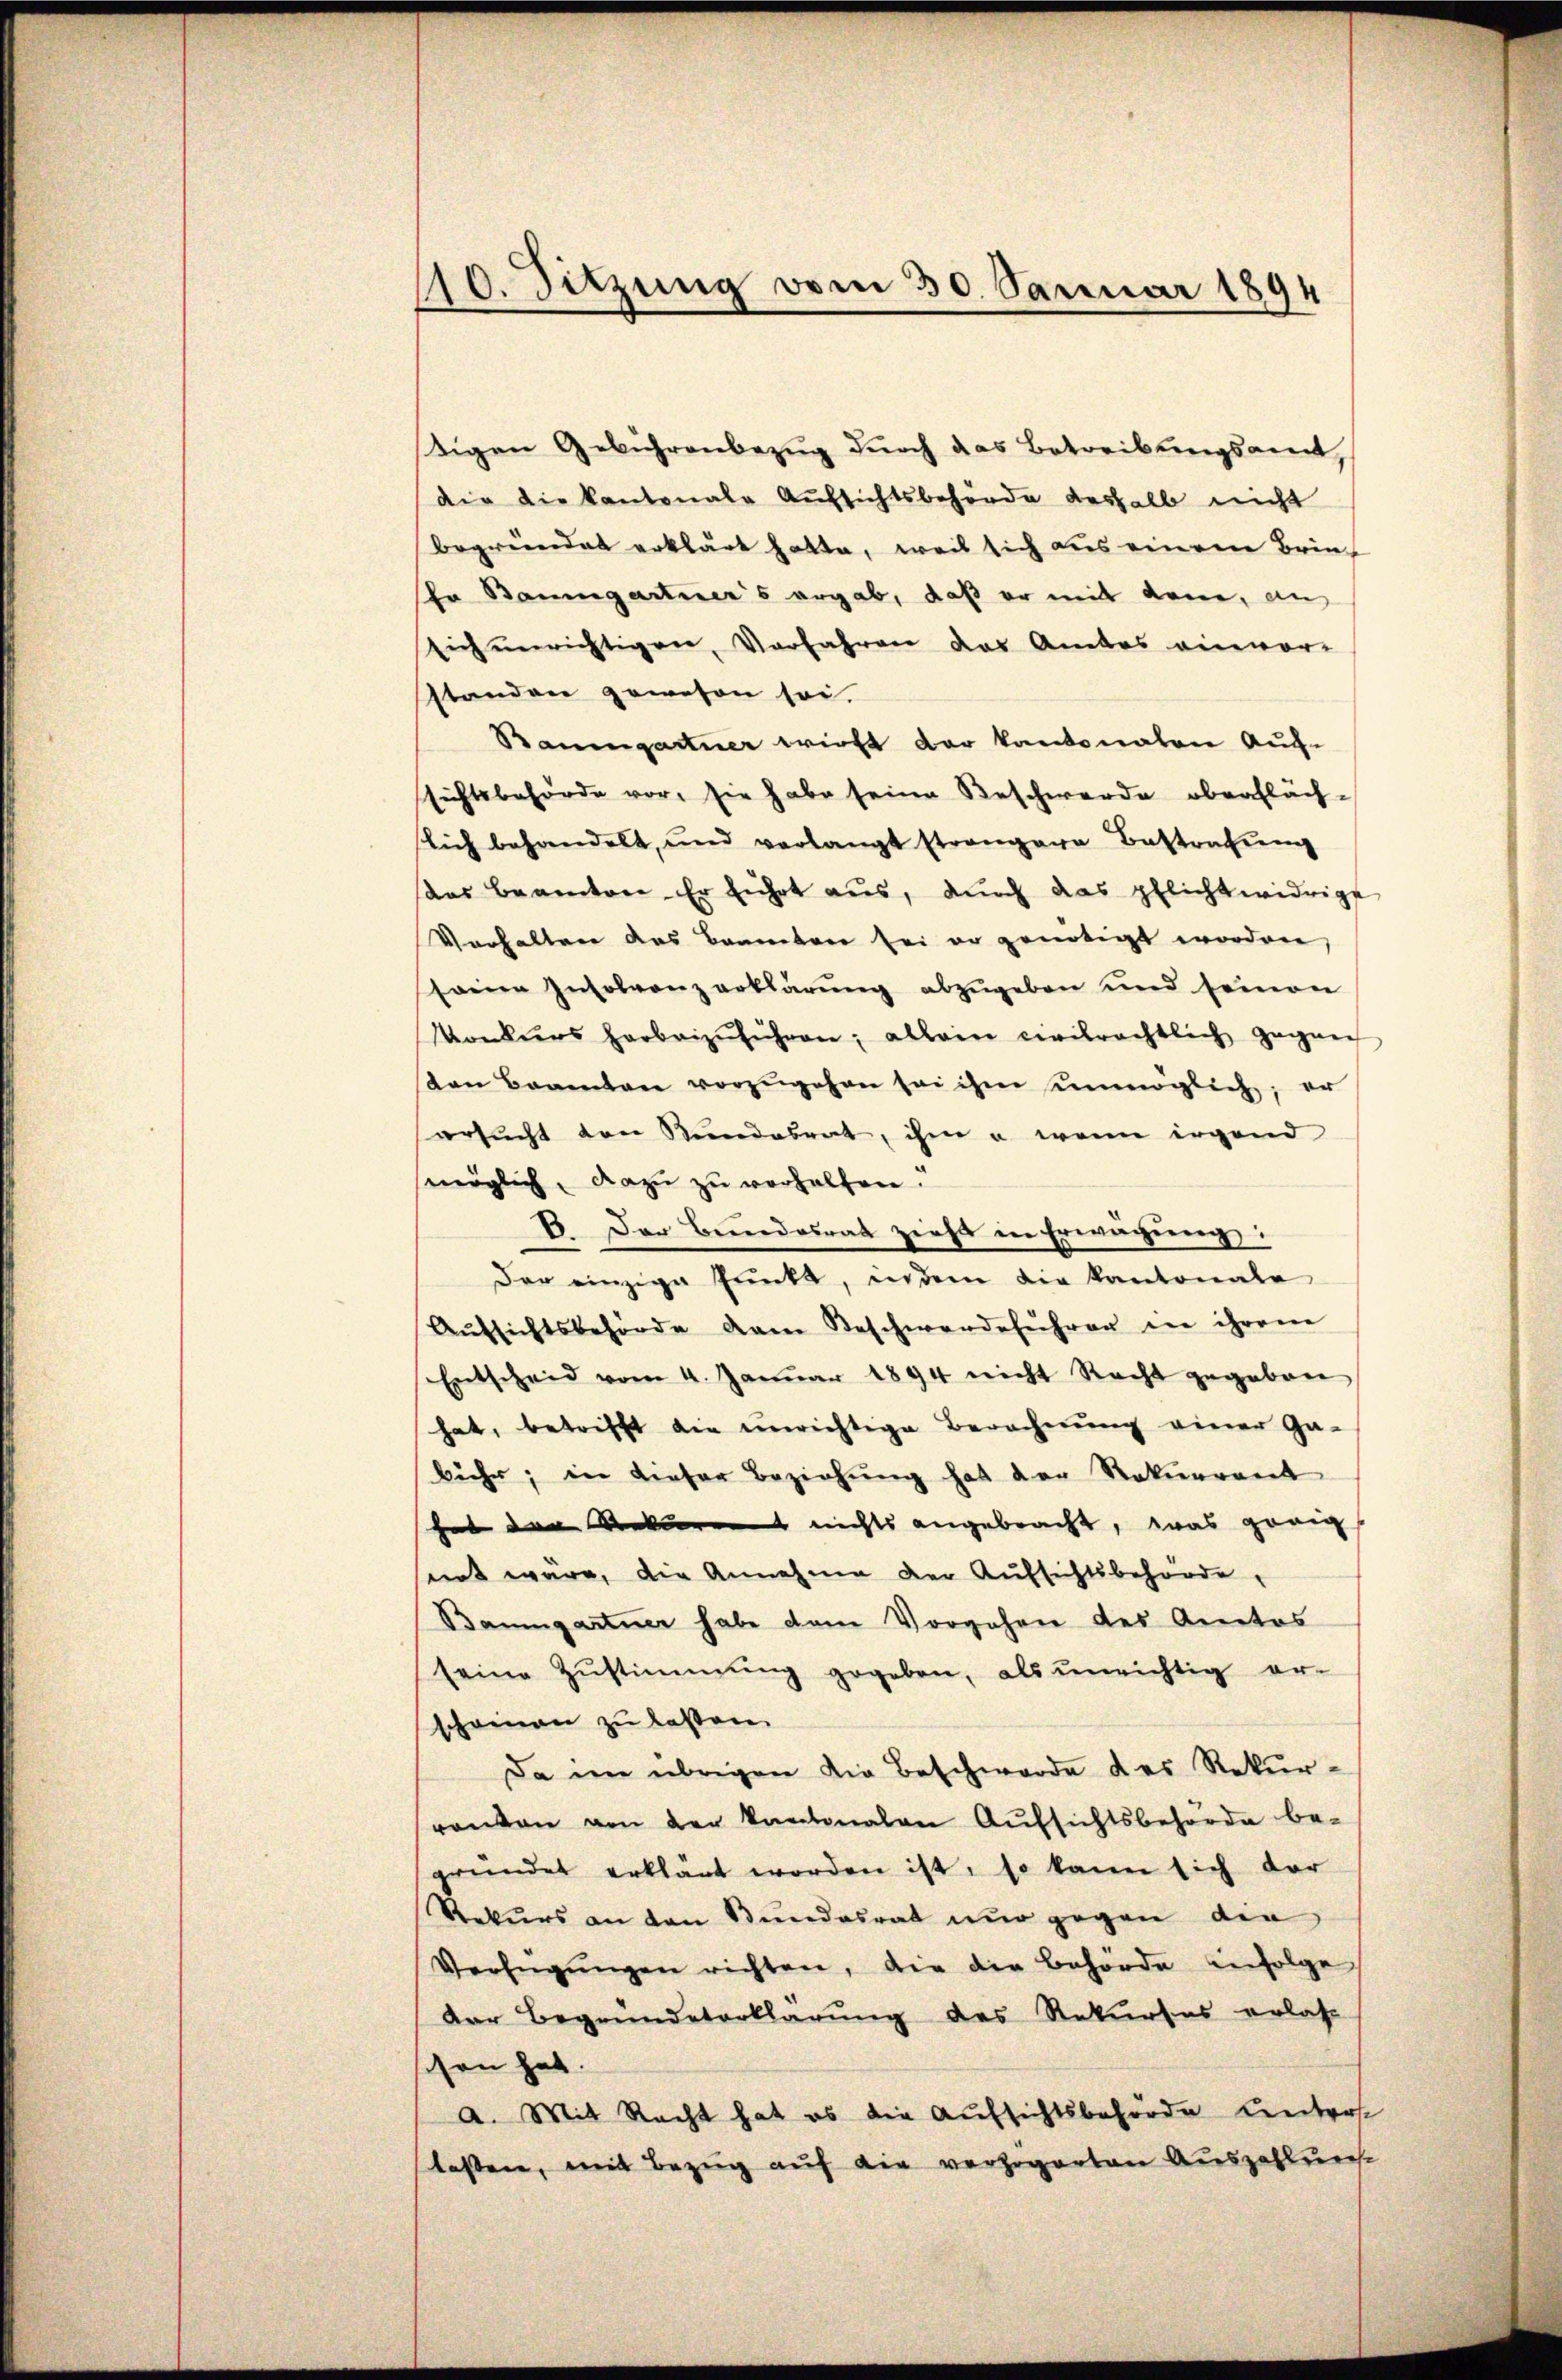
110. Sitzung vom 30. Januar 1891

tigen Gebührenbezug durch das Betreibungsamt,
die die kantonale Aufsichtsbehörde deshalb nicht
begründet erklärt hatte, weil sich aus einem Brie
ha Baumgartner's ergab, daß er mit dene, an
sich unrichtigen, Verfahren das Amtes einvor-
standen gewesen sei.
Baumgartner wirst der kantonaten Auf-
ssichtsbehörde vor, sie habe seine Beschwerde oberfläch-
lich behandelt, und verlangt strengere Bestrafung
das Beamten. Er führt aus, durch das pflichtwidrige
Verhalten des Baumbare sei er genötigt worden,
soie Insolvenz erklärung abzugeben und seinen
Vorbeers herbeizŭführen; allein civilrechtlich gegen
sten Beamten vorzŭgehen sei ihm unmöglich; er
ersucht von Rundesrat, ihm u. wenn irgend
möglich, dazu zu verhalten.
B. Der Bundesrat zieht in Erwägung:
der einzige Punkt, indem die Kantonale
Aŭfsichtsbehörde dem Beschwerdeführer in ihrem
Entscheid vom 4. Januar 1894 nicht Recht gegeben
hat, betrifft die unrichtige Berechnung einer Ga-
bühr, in dieser Beziehung hat der Rekurrent
hat der Rekurrent nichts angebracht, was zweig
nnt wäre, die Annahme der Aufsichtsbehörde,
Baumgartner habe dem Vorgehen des Amtos
seine Zŭstimmung gegeben, als unrichtig er-
scheinen zu laßen.
Da im übrigen die Beschwerde des Rekurrenten von der kantonalen Aufsichtsbehörde be-
gründet erklärt worden ist, so kann sich dar
Rekurs an den Bundesrat nur gegen die
Verfügŭngen richten, die die Behörde infolge
Der Begründeterklärung des Rekurses erlas
sen hat
A. Mit Recht hat es die Aufsichtsbehörde Centros
lassen, mit Bezug auf die verzögerten Auszahlung